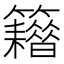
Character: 𥷸